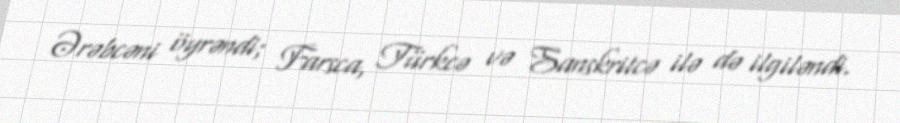
Ərəbcəni öyrəndi; Farsca, Türkcə və Sanskritcə ilə də ilgiləndi.